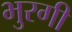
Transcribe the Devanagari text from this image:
भुरगी